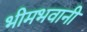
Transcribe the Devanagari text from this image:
भीमभवानी